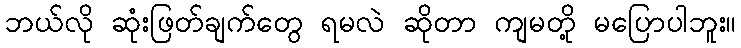
ဘယ်လို ဆုံးဖြတ်ချက်တွေ ရမလဲ ဆိုတာ ကျမတို့ မပြောပါဘူး။